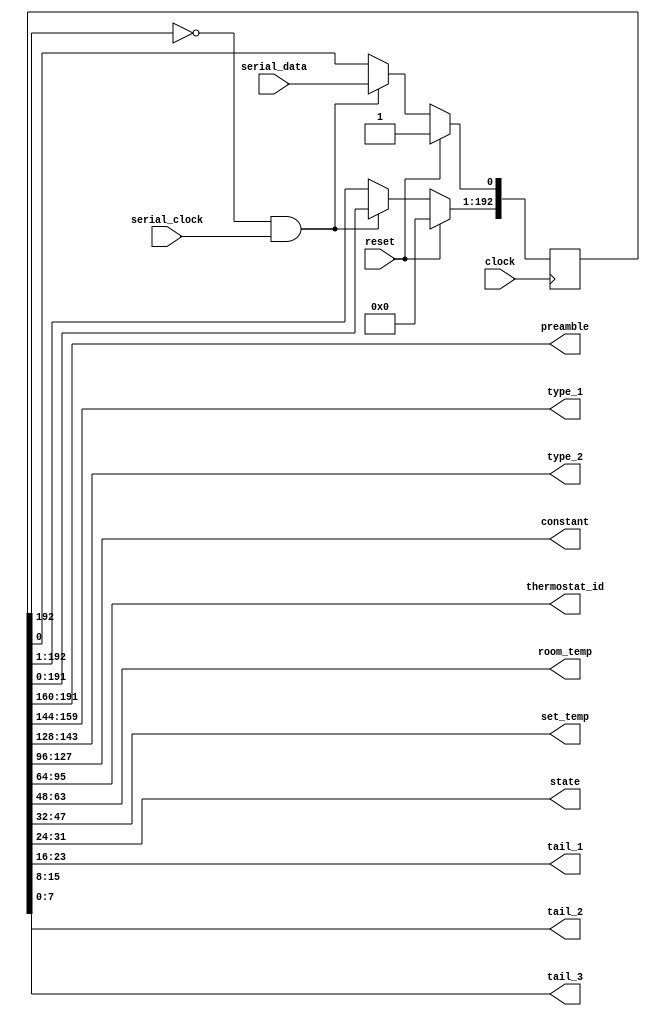
module serial_decode (
    input wire reset,
    input wire clock,

    input wire serial_data,
    input wire serial_clock,

    output wire [31:0] preamble,
    output wire [15:0] type_1,
    output wire [15:0] type_2,
    output wire [31:0] constant,
    output wire [31:0] thermostat_id,
    output wire [15:0] room_temp,
    output wire [15:0] set_temp,
    output wire [7:0] state,
    output wire [7:0] tail_1,
    output wire [7:0] tail_2,
    output wire [7:0] tail_3
);

    // 10101010101010101010101010101010110100111001000111010011100100010000110111111111111111111111111000000010001110010001111110011111000000001100000000000000110010000110010001010000000011000100101
    // PREAMBLE: 32h TYPE?: 16h 16h CONSTANT: 32h THERMOSTAT ID: 32h ROOM: 16d SET: 16d STATE?: 8h CRC?: 8h 8h 8h

    // TODO: FIXME: use DFF RAM??? https://tinytapeout.com/specs/memory/#using-dff-ram
    reg [192:0] shift_register;
    wire full = shift_register[192];
    wire [191:0] transmission = shift_register[191:0];

    assign
        preamble        = transmission[191:160],
        type_1          = transmission[159:144],
        type_2          = transmission[143:128],
        constant        = transmission[127:96 ],
        thermostat_id   = transmission[ 95:64 ],
        room_temp       = transmission[ 63:48 ],
        set_temp        = transmission[ 47:32 ],
        state           = transmission[ 31:24 ],
        tail_1          = transmission[ 23:16 ],
        tail_2          = transmission[ 15:8  ],
        tail_3          = transmission[  7:0  ];

    // Shift Register
    always @(posedge clock) begin
        if (reset) begin
            shift_register <= 193'b1;
        end else if (!full && serial_clock == 1'b1) begin
            shift_register[192:1] <= shift_register[191:0];
            shift_register[0] <= serial_data;
        end
    end
endmodule